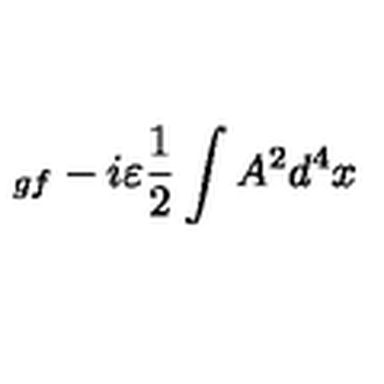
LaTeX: _ { g f } - i \varepsilon \frac { 1 } { 2 } \int A ^ { 2 } d ^ { 4 } x